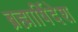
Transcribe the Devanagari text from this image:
ब्रह्मार्षिदेश